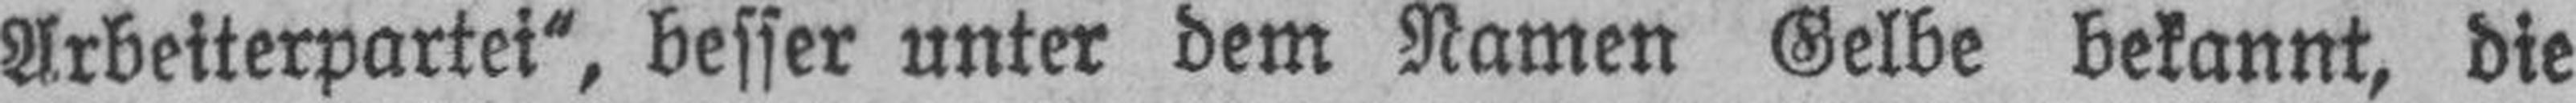
Arbeiterpartei“, besser unter dem Namen Gelbe bekannt, die